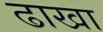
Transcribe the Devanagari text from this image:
ढाखा